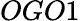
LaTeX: OGO1